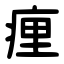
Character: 㾖